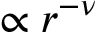
\propto r ^ { - \nu }